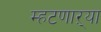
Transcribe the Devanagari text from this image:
म्हटणाऱ्या